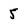
Character: 5